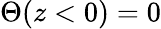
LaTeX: \Theta(z<0)=0